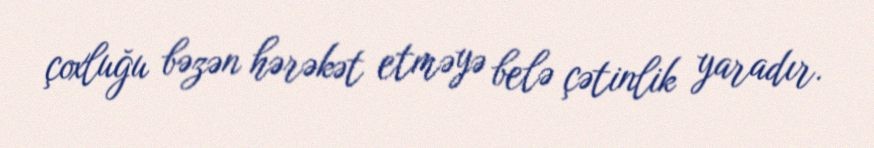
çoxluğu bəzən hərəkət etməyə belə çətinlik yaradır.